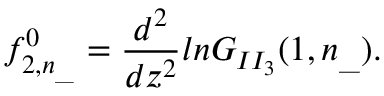
f _ { 2 , n _ { \_ } } ^ { 0 } = \frac { d ^ { 2 } } { d z ^ { 2 } } l n G _ { I I _ { 3 } } ( 1 , n _ { \_ } ) .